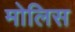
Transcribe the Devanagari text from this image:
मोलिस